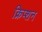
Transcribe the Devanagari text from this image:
क्रिप्शन